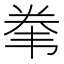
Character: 𱂇